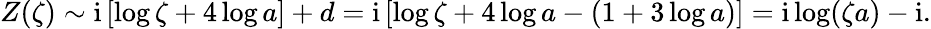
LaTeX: Z(\zeta)\sim\mathrm{i}\left[\log\zeta+{4\log a}\right]+d=\mathrm{i}\left[\log\zeta+{4\log a}-(1+3\log a)\right]=\mathrm{i}\log(\zeta a)-\mathrm{i}.